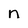
Character: n